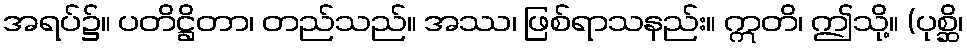
အရပ်၌။ ပတိဋ္ဌိတာ၊ တည်သည်။ အဿ၊ ဖြစ်ရာသနည်း။ ဣတိ၊ ဤသို့။ (ပုစ္ဆိ၊